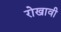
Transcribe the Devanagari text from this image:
रोखावी